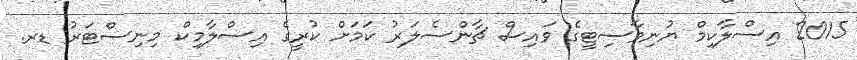
2015 އިސްލާކިމް ޔުނިވާސިޓީގެ ވައިސް ޗާންސެލަރު ކަމަށް ކުރީގެ އިސްލާމިކް މިނިސްޓަރު ޑރ.